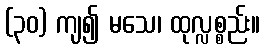
(၃၀) ကျ၍ မသေ၊ ထုလ္လစ္စည်း။